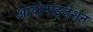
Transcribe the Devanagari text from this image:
आयोनाइजेशन